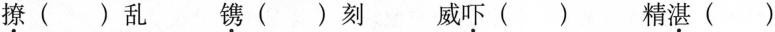
撩()乱 镌()刻 威吓() 精湛()